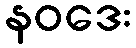
နဝဒေး